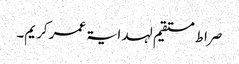
صراط مستقیم لہدایۃ عمر کریم۔